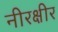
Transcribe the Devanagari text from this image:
नीरक्षीर